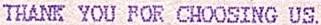
THANK YOU FOR CHOOSING US.